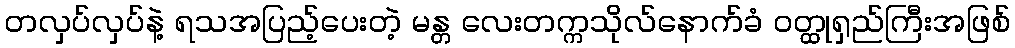
တလှပ်လှပ်နဲ့ ရသအပြည့်ပေးတဲ့ မန္တ လေးတက္ကသိုလ်နောက်ခံ ဝတ္ထုရှည်ကြီးအဖြစ်